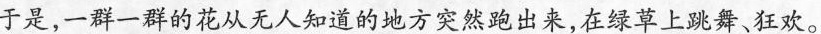
于是，一群一群的花从无人知道的地方突然跑出来，在绿草上跳舞、狂欢。